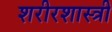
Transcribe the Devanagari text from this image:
शरीरशास्त्री